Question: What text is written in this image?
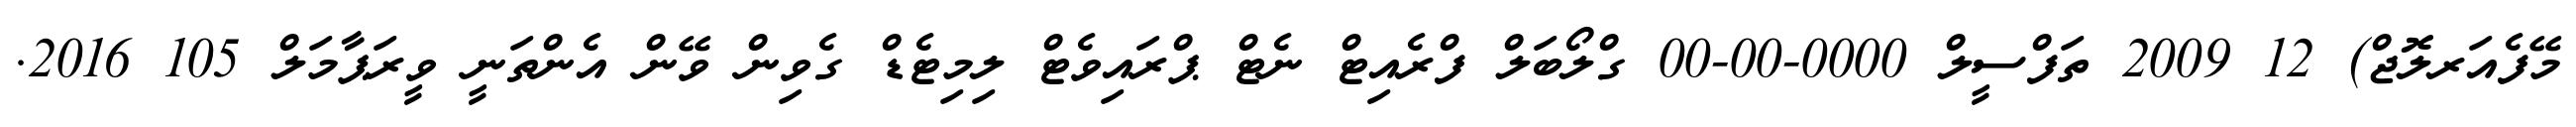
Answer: މޭފެއަރލޮޖް) 12 2009 ތަފްސީލް 0000-00-00 ގްލޯބަލް ފްރެއިޓް ނެޓް ޕްރައިވެޓް ލިމިޓެޑް ގެވިން ވޭން އެންތަނީ ވީރަޕާމަލް 105 2016.